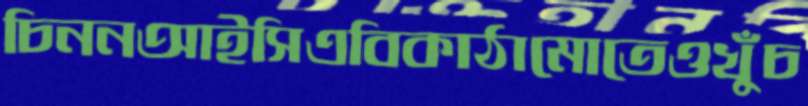
চিননআইসিএবিকাঠামোতেওখুঁচ